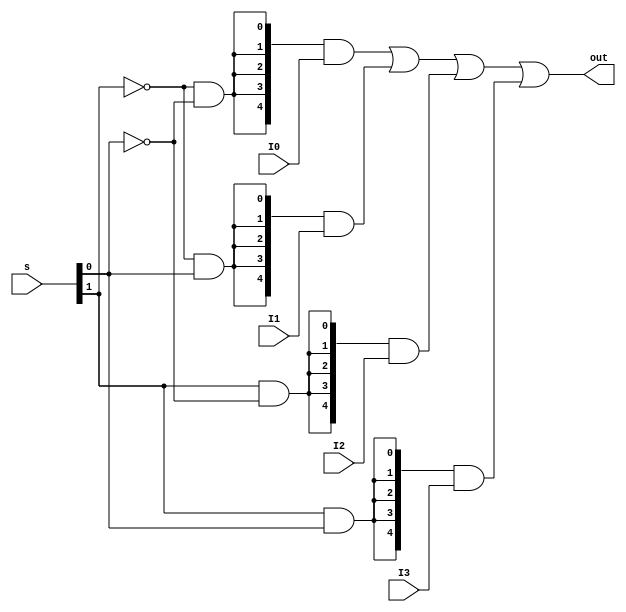
`timescale 1ns / 1ps
//////////////////////////////////////////////////////////////////////////////////
// Company: 
// Engineer: 
// 
// Design Name: 
// Module Name:    MUX4T1_5 
// Project Name: 
// Target Devices: 
// Tool versions: 
// Description: 
//
// Dependencies: 
//
// Revision: 
// Revision 0.01 - File Created
// Additional Comments: 
//
//////////////////////////////////////////////////////////////////////////////////
module MUX4T1_5(
    input [1:0] s,
    input [4:0] I0,
    input [4:0] I1,
    input [4:0] I2,
    input [4:0] I3,
    output [4:0] out
    );

    wire EN0 = (~s[1]) & (~s[0]);
    wire EN1 = (~s[1]) & ( s[0]);
    wire EN2 = ( s[1]) & (~s[0]);
    wire EN3 = ( s[1]) & ( s[0]);
    
    
    assign out = ({5{EN0}} & I0) | ({5{EN1}} & I1) | ({5{EN2}} & I2) | ({5{EN3}} & I3);

endmodule